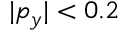
| p _ { y } | < 0 . 2